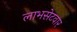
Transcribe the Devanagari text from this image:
लाभसेटवार